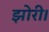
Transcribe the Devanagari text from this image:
झोरी।